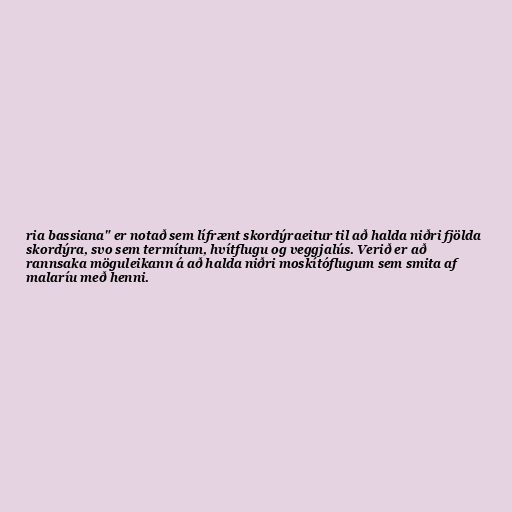
ria bassiana" er notað sem lífrænt skordýraeitur til að halda niðri fjölda
skordýra, svo sem termítum, hvítflugu og veggjalús. Verið er að
rannsaka möguleikann á að halda niðri moskítóflugum sem smita af
malaríu með henni.